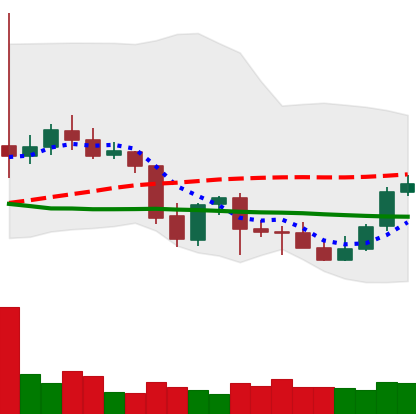
Ticker: LTC-USD
Chart end date: 2021-10-02
Forward return: 5.62%
Label: up_5_7